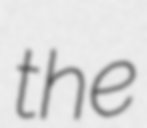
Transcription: the